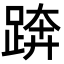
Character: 𨁼